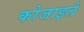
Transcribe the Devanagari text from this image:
कोजाइले